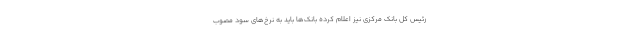
رئیس کل بانک مرکزی نیز اعلام کرده بانک‌ها باید به نرخ‌های سود مصوب